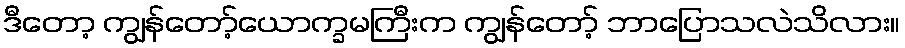
ဒီတော့ ကျွန်တော့်ယောက္ခမကြီးက ကျွန်တော့် ဘာပြောသလဲသိလား။